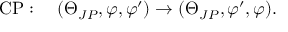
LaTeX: \mathrm { C P } : \quad ( \Theta _ { J P } , \varphi , \varphi ^ { \prime } ) \rightarrow ( \Theta _ { J P } , \varphi ^ { \prime } , \varphi ) .